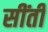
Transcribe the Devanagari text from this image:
सींती